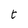
Character: t